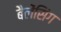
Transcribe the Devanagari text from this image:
बैलेंसिंग